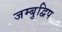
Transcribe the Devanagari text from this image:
जम्‍बुद्विप